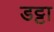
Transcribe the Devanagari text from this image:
डट्टा